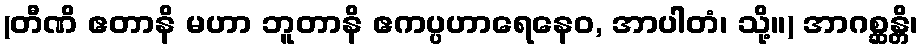
(တီဏိ ဧတာနိ မဟာ ဘူတာနိ ဧကပ္ပဟာရေနေဝ, အာပါတံ၊ သို့။) အာဂစ္ဆန္တိ၊